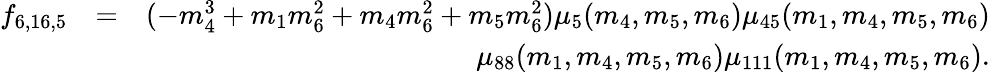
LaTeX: \begin{array}{rlr}{f_{6,16,5}}&{=}&{(-m_{4}^{3}+m_{1}m_{6}^{2}+m_{4}m_{6}^{2}+m_{5}m_{6}^{2})\mu_{5}(m_{4},m_{5},m_{6})\mu_{45}(m_{1},m_{4},m_{5},m_{6})}\\ &{}&{\mu_{88}(m_{1},m_{4},m_{5},m_{6})\mu_{111}(m_{1},m_{4},m_{5},m_{6}).}\end{array}